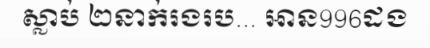
ស្លាប់ ២នាក់រងរប... អាន996ដង